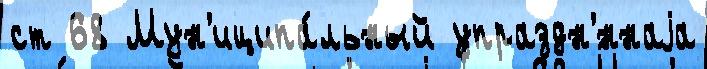
ст 68 Мун'иципа́льный упраздн'́ннаjа